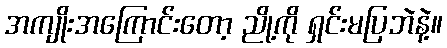
အကျိုးအကြောင်းတော့ ညို့ကို ရှင်းမပြဘဲနဲ့။